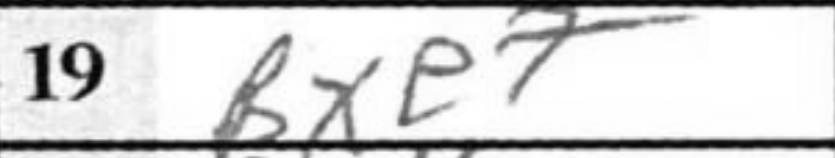
Transcription: Bxe7